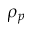
\rho _ { p }